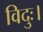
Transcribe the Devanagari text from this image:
विदुः।